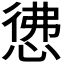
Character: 𭝖